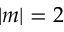
| m | = 2